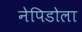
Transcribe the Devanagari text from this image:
नेपिडोला